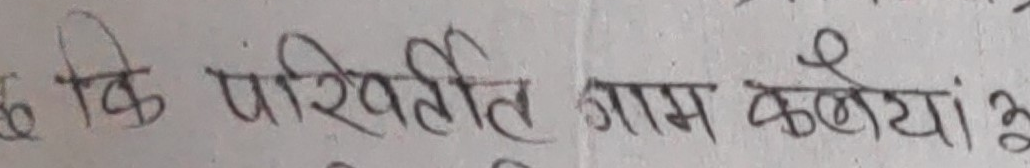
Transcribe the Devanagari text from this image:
कि परिस्थिति गाम कल्याण